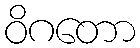
ဝိဂတော